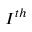
I ^ { t h }